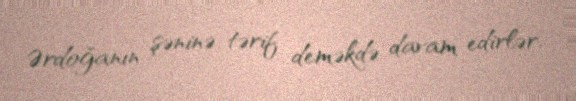
Ərdoğanın şəninə tərif deməkdə davam edirlər.